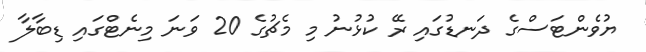
ޔުވެންޓަސްގެ ދަނޑުގައި ރޭ ކުޅުނު މި މެޗުގެ 20 ވަނަ މިނެޓްގައި ޑިބާލާ